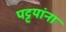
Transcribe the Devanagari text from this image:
पट्टयांना